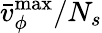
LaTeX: \bar{v}_{\phi}^{\operatorname*{max}}/N_{s}